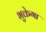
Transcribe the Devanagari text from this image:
भुक्तेगा